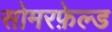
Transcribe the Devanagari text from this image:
सोमरफ़ेल्ड